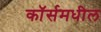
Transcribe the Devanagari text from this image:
कॉर्समधील